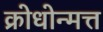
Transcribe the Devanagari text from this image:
क्रोधोन्मत्त